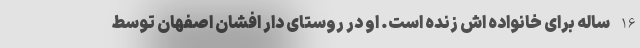
16 ساله برای خانواده اش زنده است. او در روستای دار افشان اصفهان توسط